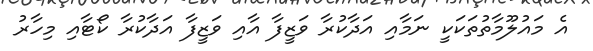
އެ މައުލޫމާތުތަކަކީ ނަމާއި އަދާކުރާ ވަޒީފާ އާއި ވަޒީފާ އަދާކުރާ ކޯޓާއި މިހާރު